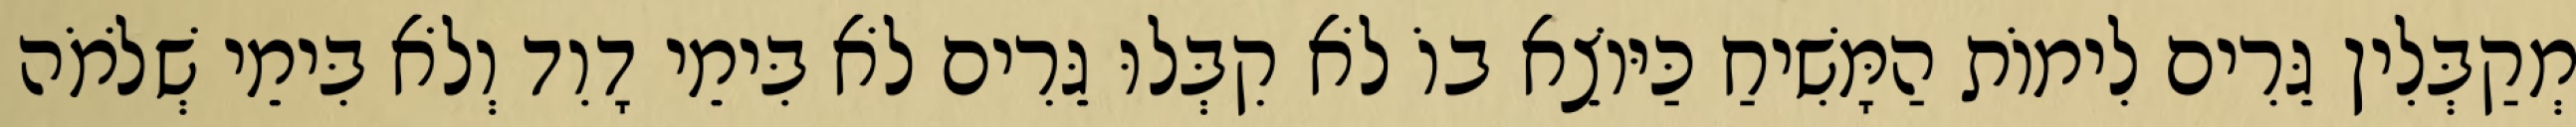
מְקַבְּלִין גֵּרִים לִימוֹת הַמָּשִׁיחַ כַּיּוֹצֵא בוֹ לֹא קִבְּלוּ גֵּרִים לֹא בִּימֵי דָוִד וְלֹא בִּימֵי שְׁלֹמֹה